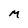
Character: M